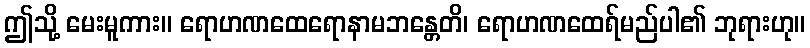
ဤသို့ မေးမူကား။ ရောဟဏထေရောနာမဘန္တေတိ၊ ရောဟဏထေရ်မည်ပါ၏ ဘုရားဟု။